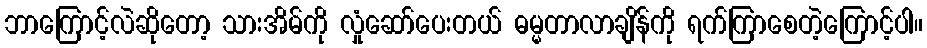
ဘာကြောင့်လဲဆိုတော့ သားအိမ်ကို လှုံဆော်ပေးတယ် ဓမ္မတာလာချိန်ကို ရက်ကြာစေတဲ့ကြောင့်ပါ။